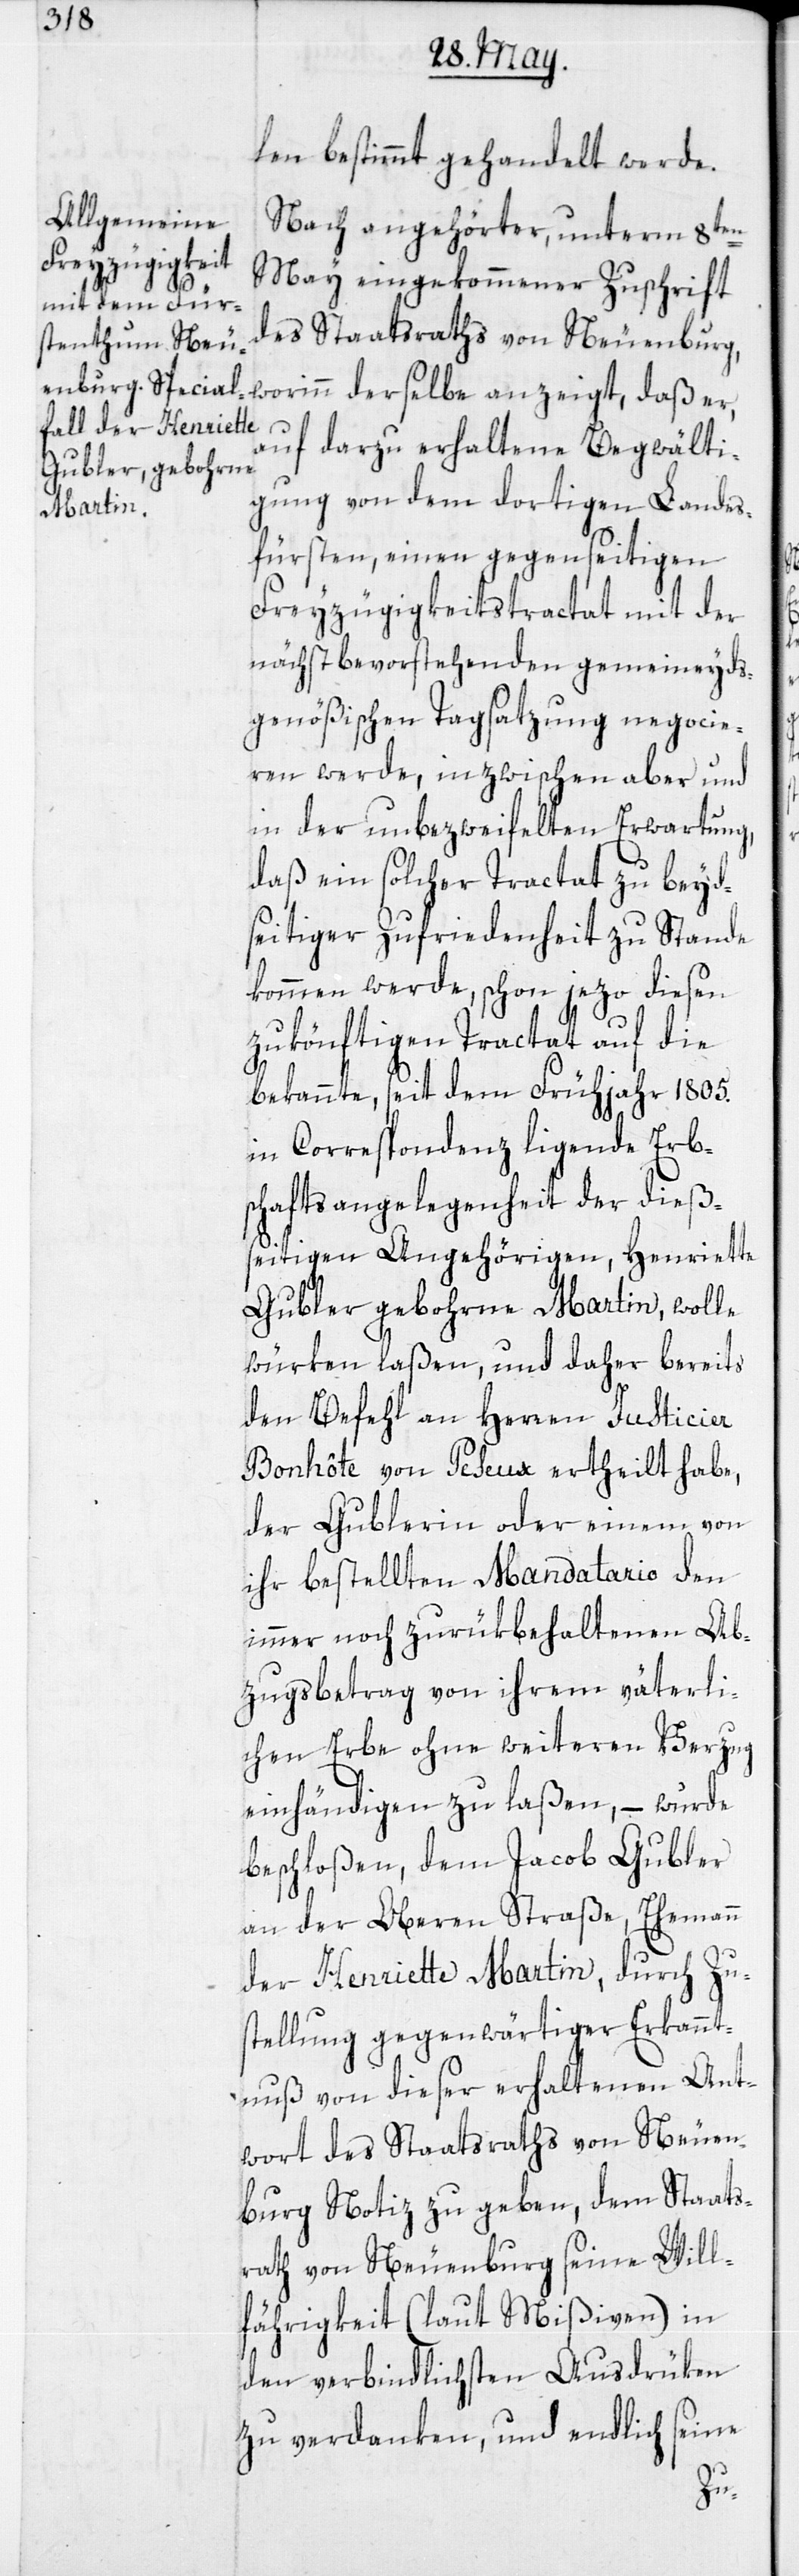
len bestimmt gehandelt werde.
Nach angehörter, unterm 8ten
May eingekommener Zuschrift
des Staatsraths von Neuenburg,
worinn derselbe anzeigt, daß er,
auf darzu erhaltene Begwälti¬
gung von dem dortigen Landes¬
fürsten, einen gegenseitigen
Freyzügigkeitstractat mit der
nächstbevorstehenden gemeineyds¬
genößischen Tagsatzung negocie¬
ren werde, inzwischen aber und
in der unbezweifelten Erwartung,
daß ein solcher Tractat zu beyd¬
seitiger Zufriedenheit zu Stande
kommen werde, schon jezo diesen
zukönftigen Tractat auf die
bekannte, seit dem Frühjahr 1805.
in Correspondenz ligende Erb¬
schaftsangelegenheit der dießs¬
eitigen Angehörigen, Henriette
Gubler gebohrne Martin, wolle
würken laßen, und daher bereits
den Befehl an Herren Justicier
Bonhôte von Peseux ertheilt habe,
der Gublerin oder einem von
ihr bestellten Mandatario den
immer noch zurükbehaltenen Ab¬
zugsbetrag von ihrem väterli¬
chen Erbe ohne weiteren Verzug
einhändigen zu laßen, – wurde
beschloßen, dem Jacob Gubler
an der Oberen Straße, Ehemann
der Henriette Martin, durch Zus¬
tellung gegenwärtiger Erkannt¬
nuß von dieser erhaltenen Ant¬
wort des Staatsraths von Neuen¬
burg Notiz zu geben, dem Staats¬
rath von Neuenburg seine Will¬
fährigkeit (laut Mißiven) in
den verbindlichsten Ausdrüken
zu verdanken, und endlich seine